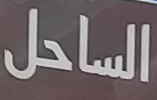
الساحل